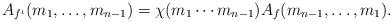
LaTeX: \begin{align*}A_{f^{\iota}}(m_{1},\ldots,m_{n-1})=\chi(m_{1}\cdots m_{n-1})A_{f}(m_{n-1},\ldots,m_{1}).\end{align*}